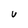
Character: U